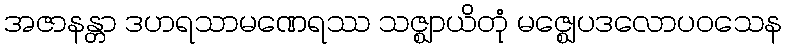
အဇာနန္တာ ဒဟရသာမဏေရဿ သဇ္ဈာယိတုံ မဇ္ဈေပဒလောပဝသေန